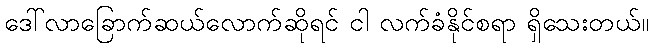
ဒေါ်လာခြောက်ဆယ်လောက်ဆိုရင် ငါ လက်ခံနိုင်စရာ ရှိသေးတယ်။